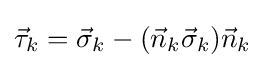
{\vec {\tau }}_{k}={\vec {\sigma }}_{k}-({\vec {n}}_{k}{\vec {\sigma }}_{k}){\vec {n}}_{k}